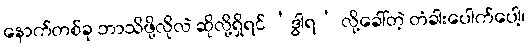
နောက်တစ်ခု ဘာသိဖို့လိုလဲ ဆိုလို့ရှိရင် ‘ဒွါရ’ လို့ခေါ်တဲ့ တံခါးပေါက်ပေါ့၊